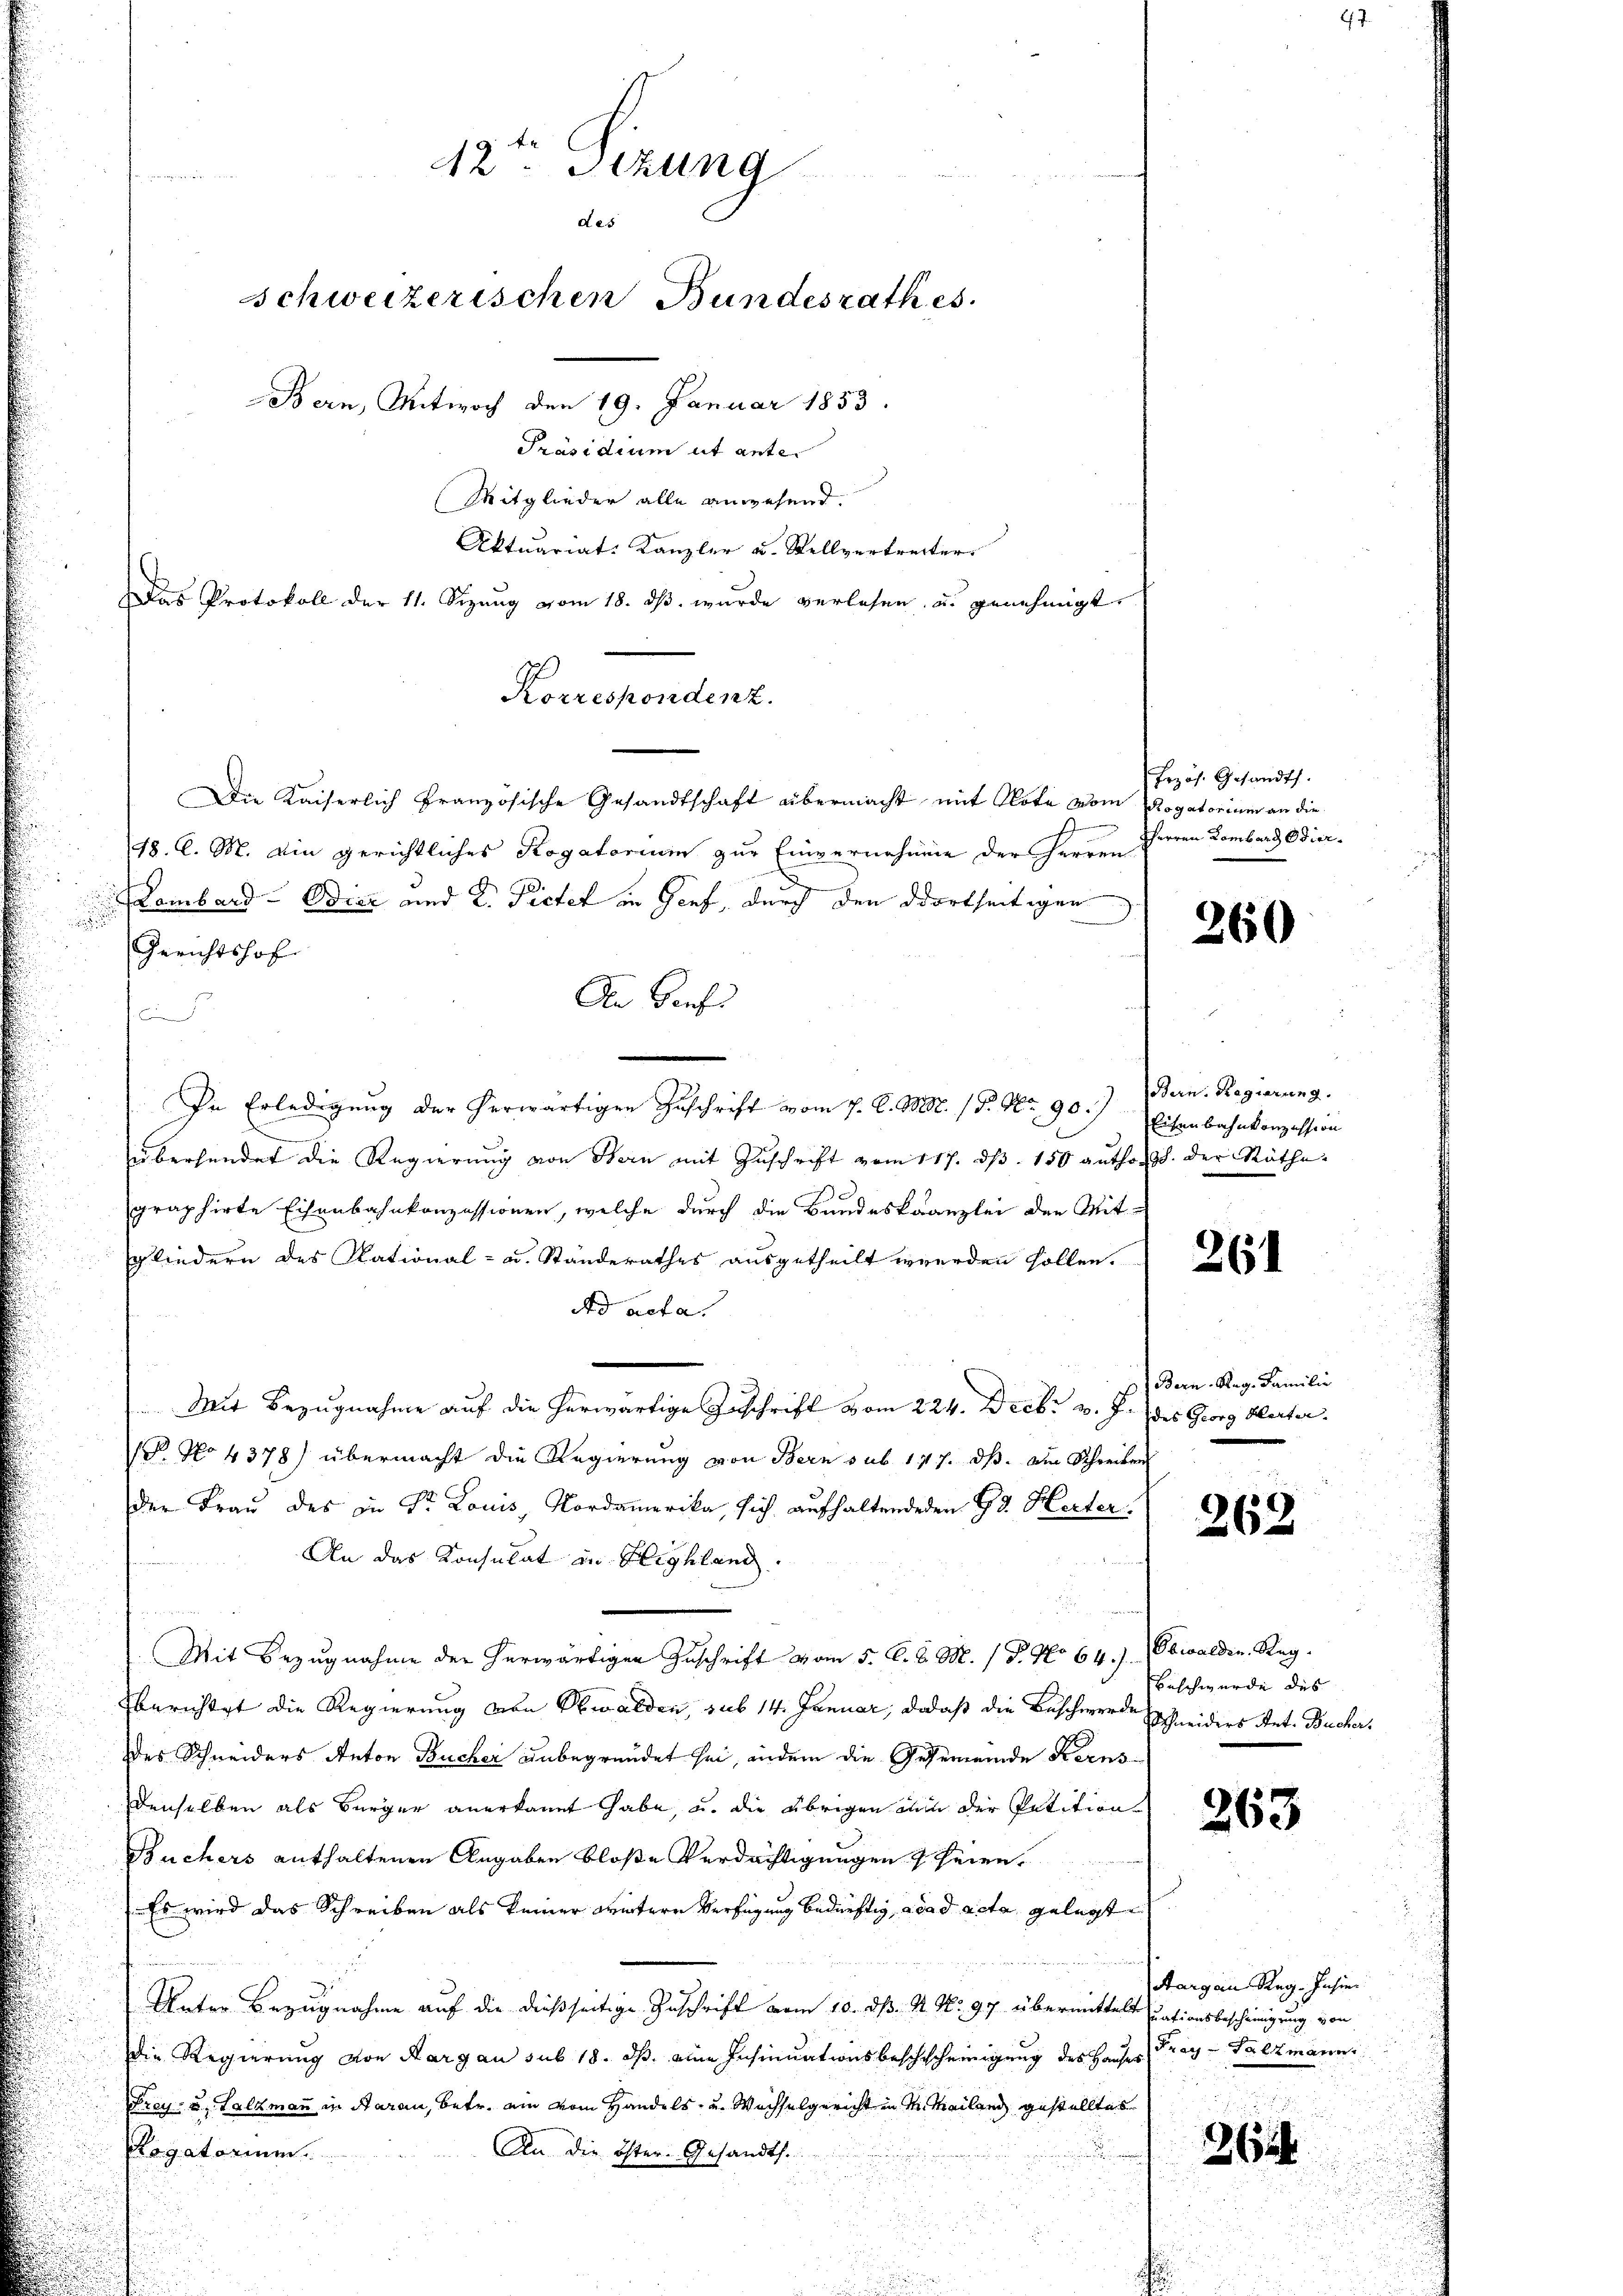
42. Sizung
des
schweizerischen Bundesrath es
Bern, Mitwoch den 19. Januar 1853.
Präsidium ut ante.
Mitglieder alle anwesend.
Aktuariat Kanzler u. Stellvertretter
Das Protokoll der 11. Sizung vom 18. dβ. wurde verlesen, u. genehmigt.

18. d. M. Ain gerichtliches Rogatorium zur Einvernahme der Herren
Lombard- Odier und 2. Pietet in Genf, durch den dortseitigen
Gerichtshof
Den Genf

In Erledigung der herwärtigen Zuschrift vom 7. A. M. 18. No. 90.)
übersendet die Regierung von Bern mit Zuschrift vom 117. d. 150 author der Räthe
graphirte Eisenbahnkonzessionen, welche durch die Bundeskanzlei den Mit-
Gliedern des Rational- u. Standerathes ausgetheilt werden sollen.
dd acta.
Mit Bezugnahme auf die herwärtige Zuschrift vom 224. Decbr v. J. des Georg Werter
P. No 4378) übermacht die Regierung von Bern sub 1417. dß. am Schreiben
der Frau des in Dr. Louis, Nordamerika, sich aufhaltendeden Gr. Herter.
An das Konsulat in Highland.
Mit Bezugnahme der herwärtigen Zuschrift vom 5. d. d. M. / P. No 64.J. (Obwalden. Reg.
berichtet die Regierung von Obwalden, sub 14. Januar, da daß die Beschwerde
des Schneiders Anton Bücher unbegründet sei, indem die Gesemeinde Kerns
denselben als Bürger anerkannt habe, u. die übrigen in der Petition
Büchers enthaltenen Angaben bloße Verdächtigungen seien,
Es wird das Schreiben als keiner Wintern Verfügung bedürftig, acad acta gelegt
Unter Bezugnahme auf die dießseitige Zuschrift vom 10. dß. N. No. 97. übermittelt dationsbescheinigung von
die Regierung von Aargau sub 18. ds. eine Insinuationsbeschischeinigung des Hauses
Frey, u. Salzmann in Aarau, betr. ein vom Handels- u. Wachselgericht in M. Mailand gestelltes
An die öster- Gesandts.
Rogatorium.

Korrespondenz.
Die Kaiserlich französische Gesandtschaft übermacht mit Note vom Rogatorium an die

Erzös. Gesandts
HHerren Lombard Odier-

260

Bern. Regierung.
Eisenbahnkonzession

261

Bern. Reg. Familie

262

Beschwerde des
Schneiders Rat. Bücher.

263

Schargen Reg. Jahre
Fray-Salzmanns

264